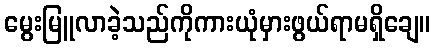
မွေးမြူလာခဲ့သည်ကိုကားယုံမှားဖွယ်ရာမရှိချေ။